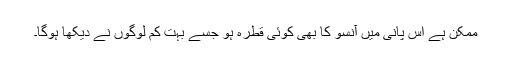
ممکن ہے اس پانی میں آنسو کا بھی کوئی قطرہ ہو جسے بہت کم لوگوں نے دیکھا ہوگا۔